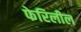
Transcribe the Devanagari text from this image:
फेरिलील